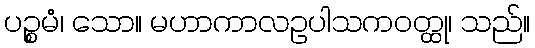
ပဉ္စမံ၊ သော။ မဟာကာလဥပါသကဝတ္ထု၊ သည်။